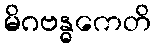
မိဂဗန္ဓကေတိ